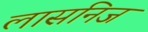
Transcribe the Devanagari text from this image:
लासनिज